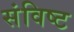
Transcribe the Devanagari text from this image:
संविष्ट